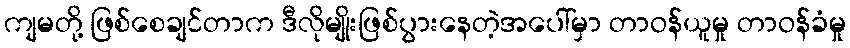
ကျမတို့ ဖြစ်စေချင်တာက ဒီလိုမျိုးဖြစ်ပွားနေတဲ့အပေါ်မှာ တာဝန်ယူမှု တာဝန်ခံမှု